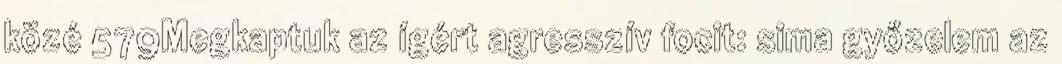
közé 579Megkaptuk az ígért agresszív focit: sima győzelem az